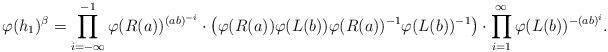
LaTeX: \begin{align*}\varphi(h_1)^\beta = \prod_{i=-\infty}^{-1} \varphi(R(a))^{(ab)^{-i}} \cdot \left(\varphi(R(a))\varphi(L(b))\varphi(R(a))^{-1}\varphi(L(b))^{-1}\right) \cdot \prod_{i=1}^\infty \varphi(L(b))^{-(ab)^i}.\end{align*}